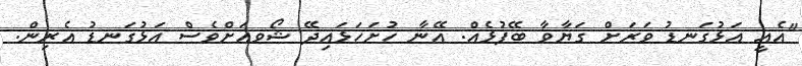
"އެއީ އަޅުގަނޑު ވަރަށް ގަޔާވާ ބޭފުޅެއް. އޭނާ ހުށަހަޅައިދޭ ޝޯވއަށްވެސް އަޅުގަނޑު އެރިން.